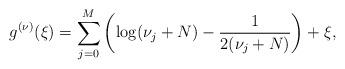
LaTeX: \begin{align*} g^{(\nu)}(\xi) = \sum^M_{j = 0} \left( \log(\nu_j + N) -\frac{1}{2(\nu_j + N)} \right) + \xi, \end{align*}